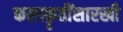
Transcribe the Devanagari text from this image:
कलाकॄतींसारखी